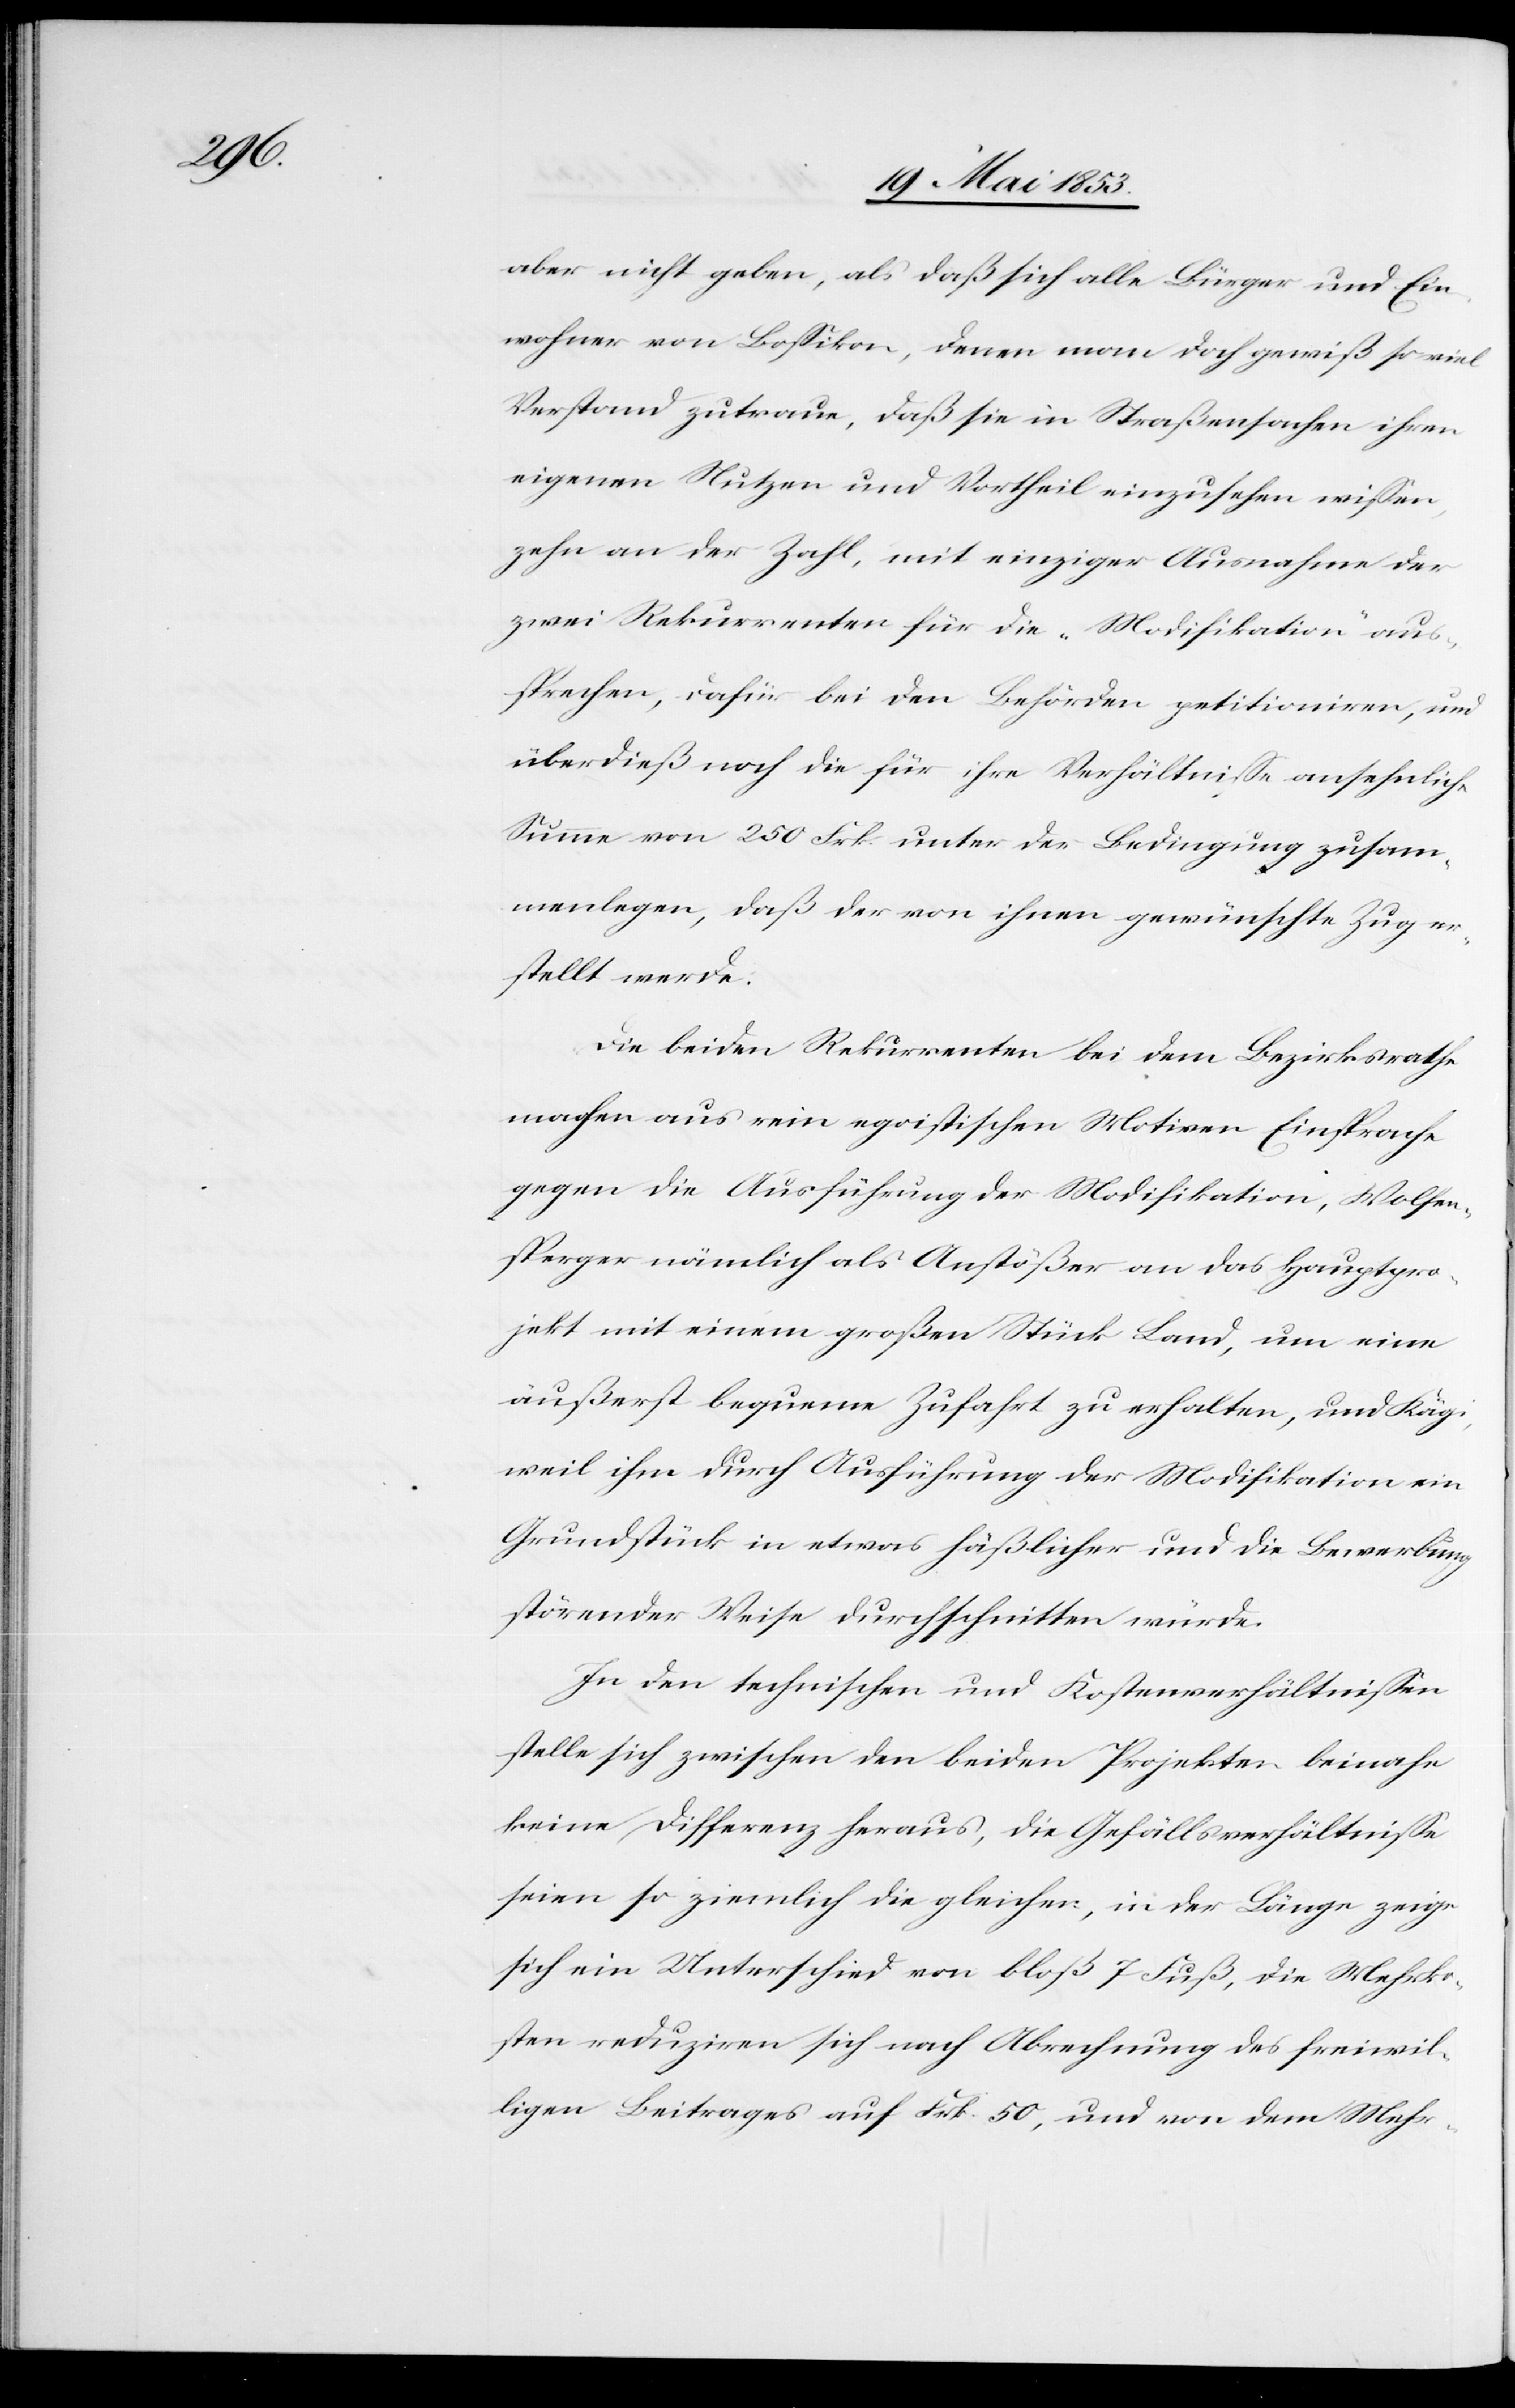
aber nicht geben, als daß sich alle Bürger und Ein¬
wohner von Boßikon, denen man doch gewiß so viel
Verstand zutraue, daß sie in Straßensachen ihren
eigenen Nutzen und Vortheil einzusehen wißen,
zehn an der Zahl, mit einziger Ausnahme der
zwei Rekurrenten für die „Modifikation“ aus¬
sprechen, dafür bei den Behörden petitioniren, und
überdieß noch die für ihre Verhältniße ansehnliche
Summe von 250 Frk. unter der Bedingung zusam¬
menlegen, daß der von ihnen gewünschte Zug er¬
stellt werde.
Die beiden Rekurrenten bei dem Bezirksrathe
machen aus rein egoistischen Motiven Einsprache
gegen die Ausführung der Modifikation, Wolfen¬
sperger nämlich als Anstößer an das Hauptpro¬
jekt mit einem großen Stück Land, um eine
äußerst bequeme Zufahrt zu erhalten, und Kägi
weil ihm durch Ausführung der Modifikation ein
Grundstück in etwas häßlicher und die Bewerbung
störender Weise durchschnitten würde.
In den technischen und Kostenverhältnißen
stelle sich zwischen den beiden Projekten beinahe
keine Differenz heraus, die Gefällsverhältniße
seien so ziemlich die gleichen, in der Länge zeige
sich ein Unterschied von bloß 7 Fuß, die Mehrko¬
sten reduziren sich nach Abrechnung des freiwil¬
ligen Beitrages auf Frk. 50, und von dem Mehr-